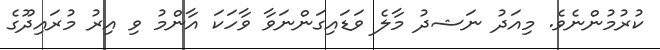
ކުރުމުންނެވެ. މިއަދު ނަޝދު މާލެ ވަޑައިގަންނަވާ ވާހަކަ އާންމު ވި އިރު މުރައިދޫގެ